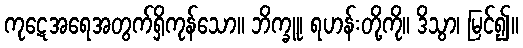
ကုဋေအရေအတွက်ရှိကုန်သော။ ဘိက္ခူ၊ ရဟန်းတို့ကို။ ဒိသွာ၊ မြင်၍။